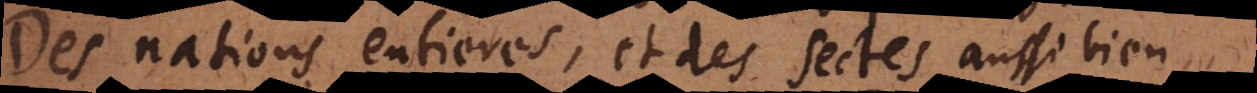
Des nations entieres, et des sectes aussi bien